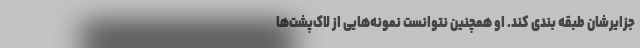
جزایرشان طبقه بندی کند. او همچنین نتوانست نمونه‌هایی از لاک‌پشت‌ها